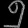
Digit: ၅